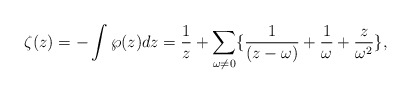
\begin{align*}\zeta(z) =-\int\wp(z)dz = \frac{1}{z} +\sum_{\omega\neq 0} \{ \frac{1}{(z-\omega)}+\frac{1}{\omega}+\frac{z}{\omega^2} \},\end{align*}